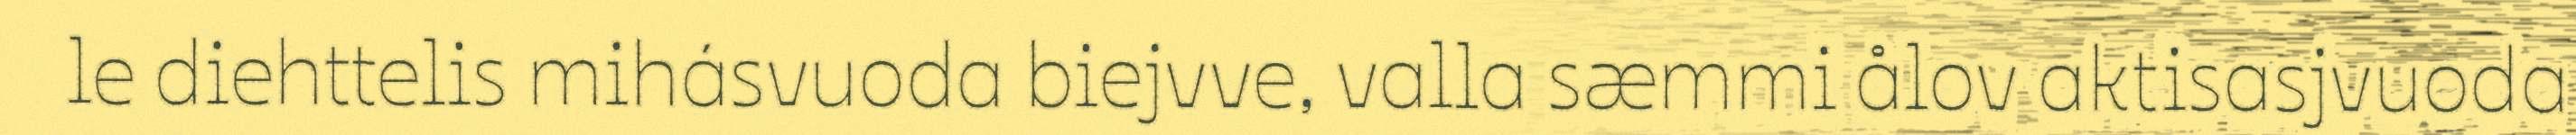
le diehttelis mihásvuoda biejvve, valla sæmmi ålov aktisasjvuoda